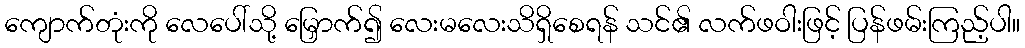
ကျောက်တုံးကို လေပေါ်သို့ မြှောက်၍ လေးမလေးသိရှိစေရန် သင်၏ လက်ဖဝါးဖြင့် ပြန်ဖမ်းကြည့်ပါ။